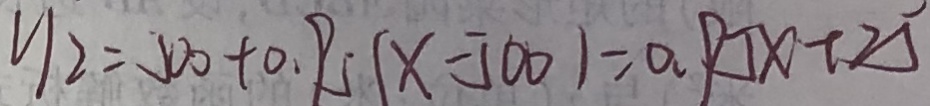
y _ { 2 } = 5 0 0 + 0 . 9 5 ( x - 5 0 0 ) = 0 . 9 5 x + 2 5